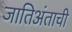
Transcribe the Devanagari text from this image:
जातिअंताची